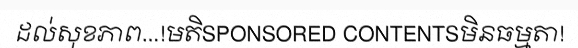
ដល់សុខភាព...!មតិSPONSORED CONTENTSមិនធម្មតា!